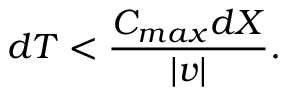
d T < \frac { C _ { m a x } d X } { | v | } .